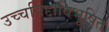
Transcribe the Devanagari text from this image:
उच्चविद्दाविभूषित